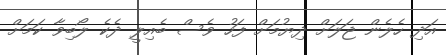
އަދި ހެލެން ޖަލަށް ދިޔުމަށް ފަހު ވެސް ބެއިލީ ދެކެ ލޯބިވާ ކަމަށް